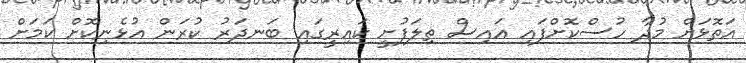
އަތޮޅަށް މުދާ ހުސްކޮށްފައި އައިސް ތިލަފުށީ ކައިރީގައި ބަނދަރު ކުރަން އުޅެނިކޮށް ކަމަށް